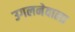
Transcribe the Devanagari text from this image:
उगलनेवाला